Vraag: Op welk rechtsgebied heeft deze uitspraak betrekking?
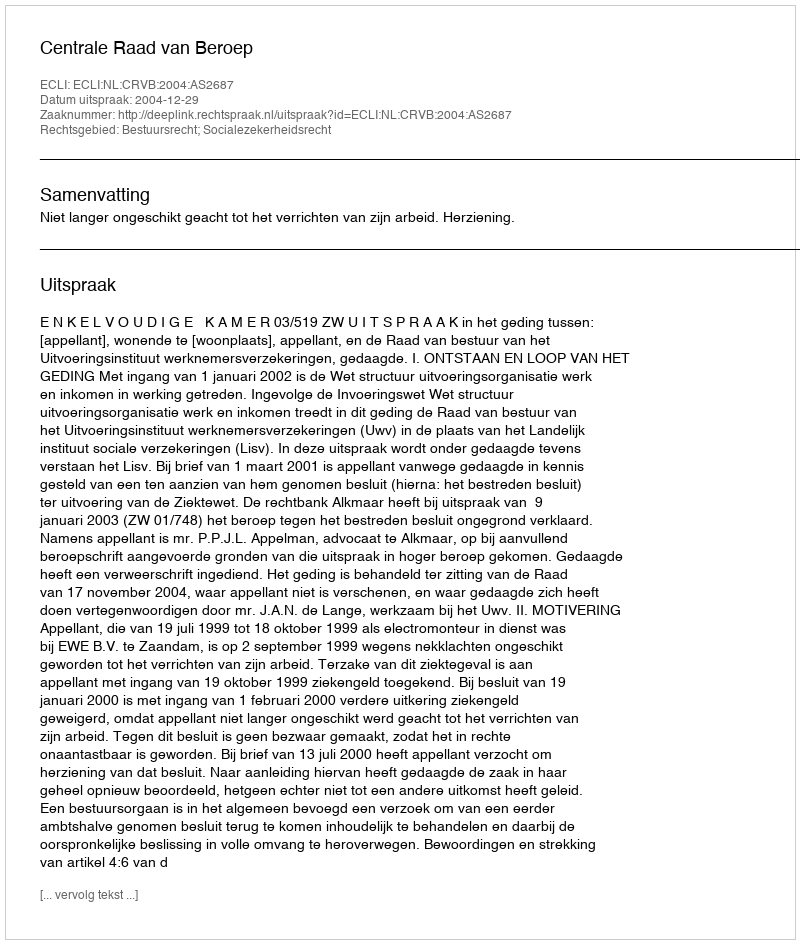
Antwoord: Bestuursrecht; Socialezekerheidsrecht